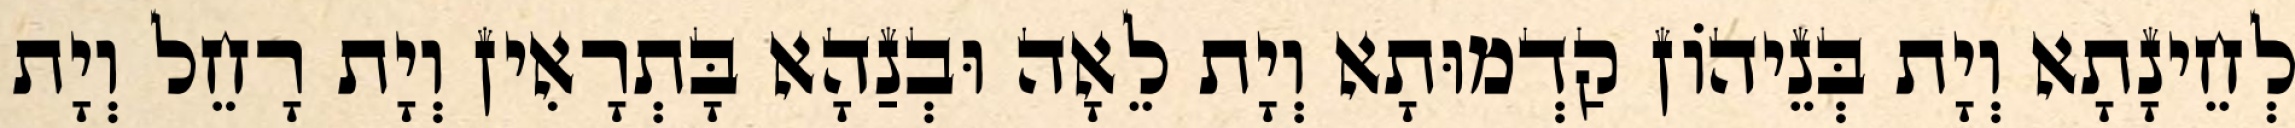
לְחֵינָתָא וְיָת בְּנֵיהוֹן קַדְמוּתָא וְיָת לֵאָה וּבְנַהָא בָּתְרָאִין וְיָת רָחֵל וְיָת